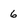
Character: 6